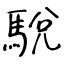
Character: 駾